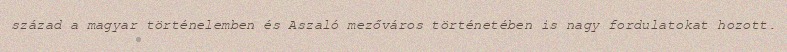
század a magyar történelemben és Aszaló mezőváros történetében is nagy fordulatokat hozott.